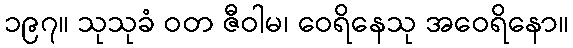
၁၉၇။ သုသုခံ ဝတ ဇီဝါမ၊ ဝေရိနေသု အဝေရိနော။